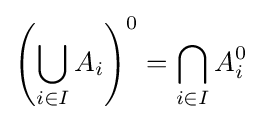
\left(\bigcup _{i\in I}A_{i}\right)^{0}=\bigcap _{i\in I}A_{i}^{0}